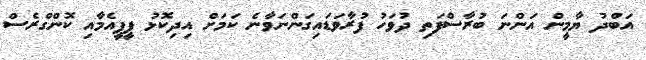
އަބްދު ޔާމީން އަންނަ ބުރާސްފަތި ދުވަހު ފުރާވަޑައިގަންނަވާނެ ކަމަށް އިދިކޮޅު ޕީޕީއެމާއި ކޮންގްރެސް